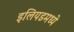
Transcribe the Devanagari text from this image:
इलियडमध्ये